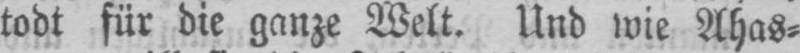
todt für die ganze Welt. Und wie Ahas⸗